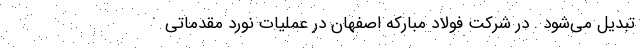
تبدیل می‌شود . در شرکت فولاد مبارکه اصفهان در عملیات نورد مقدماتی